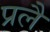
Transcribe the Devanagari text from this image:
प्रलै